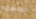
خططوا